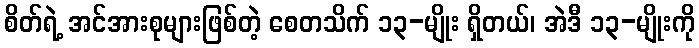
စိတ်ရဲ့ အင်အားစုများဖြစ်တဲ့ စေတသိက် ၁၃-မျိုး ရှိတယ်၊ အဲဒီ ၁၃-မျိုးကို